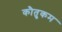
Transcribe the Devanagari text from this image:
कौतुकम